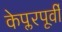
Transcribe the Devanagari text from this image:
केप्लरपूर्वी